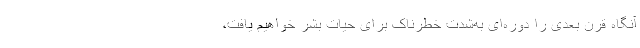
آنگاه قرن بعدی را دوره‌ای به‌شدت خطرناک برای حیات بشر خواهیم‌ یافت،